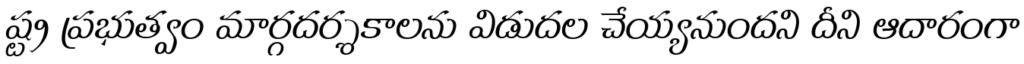
ష్ట్ర ప్రభుత్వం మార్గదర్శకాలను విడుదల చేయ్యనుందని దీని ఆదారంగా